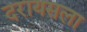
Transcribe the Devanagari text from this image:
दरायसला